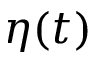
\eta ( t )